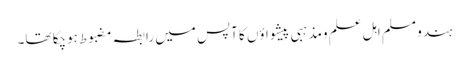
ہندو مسلم اہل علم ومذہبی پیشواؤں کا آپس میں رابطہ مضبوط ہوچکا تھا۔